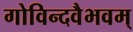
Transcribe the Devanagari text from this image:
गोविन्दवैभवम्